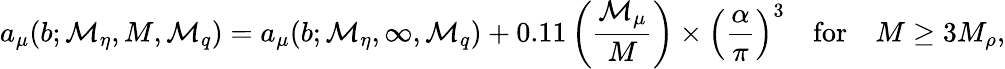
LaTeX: a_{\mu}(b;\mathcal{M}_{\eta},M,\mathcal{M}_{q})=a_{\mu}(b;\mathcal{M}_{\eta},\infty,\mathcal{M}_{q})+0.11\left(\frac{{\mathcal{M}_{\mu}}}{{M}}\right)\times\left(\frac{{\alpha}}{{\pi}}\right)^{3}\ \ \ \ \mathrm{{for}}\ \ \ \ M\ge3M_{\rho},